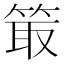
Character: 箃